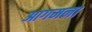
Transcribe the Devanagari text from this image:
आगमना